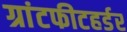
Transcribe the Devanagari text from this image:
ग्रांटफीटहर्डर